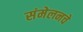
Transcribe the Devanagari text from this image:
संमेलनचे